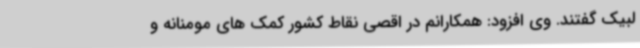
لبیک گفتند. وی افزود: همکارانم در اقصی نقاط کشور کمک های مومنانه و